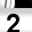
Digit: 2